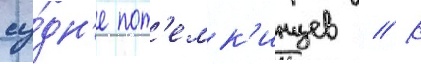
су́дн'е пот'емк'инцев // К